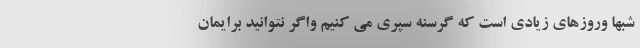
شبها وروزهای زیادی است که گرسنه سپری می کنیم واگر نتوانید برایمان